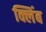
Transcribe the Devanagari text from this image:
क्लिंब